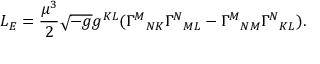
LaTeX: { \cal L } _ { E } = \frac { \mu ^ { 3 } } { 2 } \sqrt { - g } g ^ { K L } ( \Gamma ^ { M } { } _ { N K } \Gamma ^ { N } { } _ { M L } - \Gamma ^ { M } { } _ { N M } \Gamma ^ { N } { } _ { K L } ) .